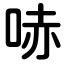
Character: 哧